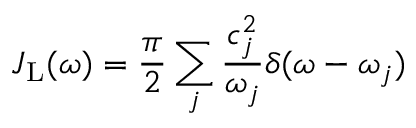
J _ { \mathrm { L } } ( \omega ) = \frac { \pi } { 2 } \sum _ { j } \frac { c _ { j } ^ { 2 } } { { \omega } _ { j } } \delta ( \omega - { \omega } _ { j } )